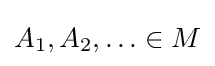
A_{1},A_{2},\ldots \in M